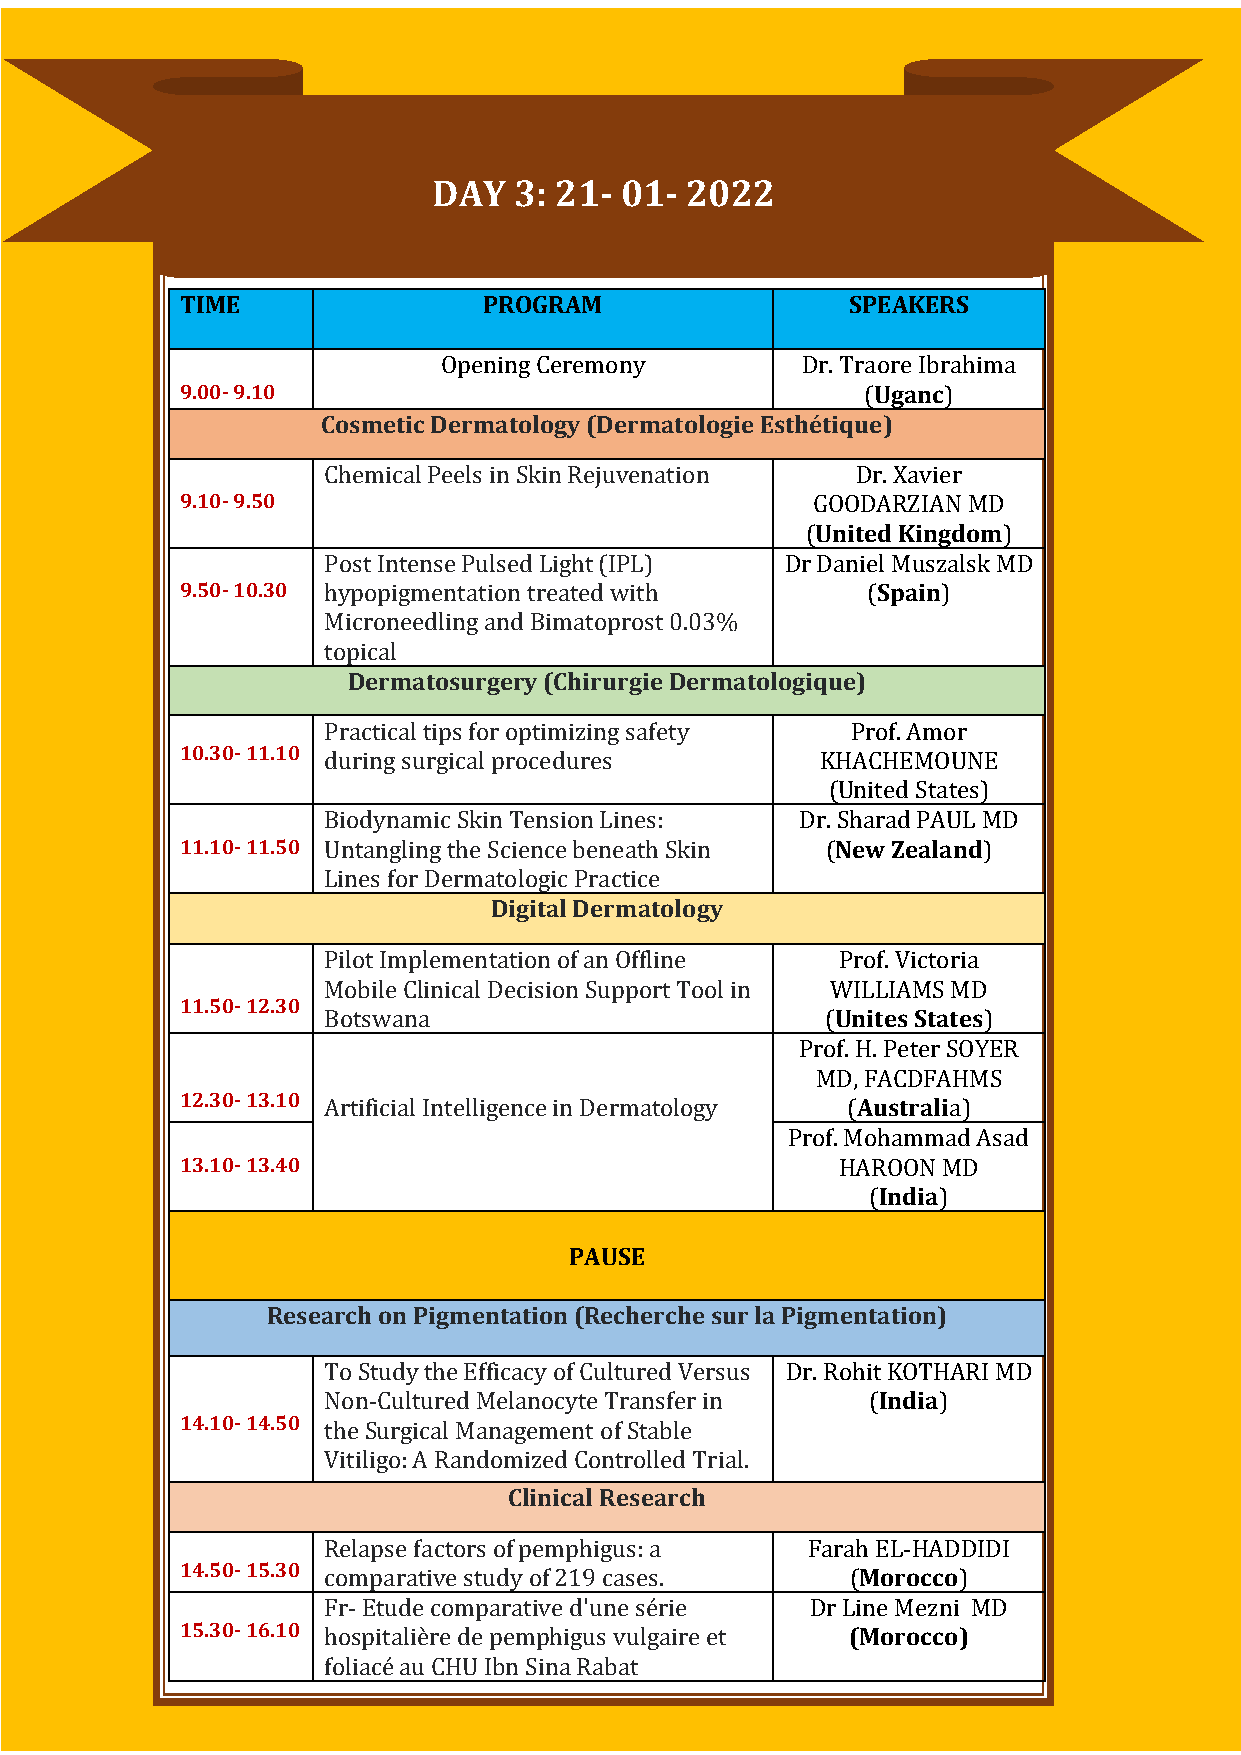
DAY  3: 21- 01- 2022
 TIME                PROGRAM                 SPEAKERS
 Opening Ceremony        Dr. Traore Ibrahima
 9.00- 9.10                                   (Uganc)
 Cosmetic Dermatology (Dermatologie Esthétique)
 Chemical Peels in Skin Rejuvenation Dr. Xavier
 9.10- 9.50                                GOODARZIAN MD
 (United Kingdom)
 Post Intense Pulsed Light (IPL) Dr Daniel Muszalsk MD
 9.50- 10.30 h y p o pigmentation treated with (Spain)
 Microneedling and Bimatoprost 0.03%
 topical
 Dermatosurgery (Chirurgie Dermatologique)
 Practical tips for optimizing safety Prof. Amor
 10.30- 11.10 d u r i n g surgical procedures KHACHEMOUNE
 (United States)
 Biodynamic Skin Tension Lines:  Dr. Sharad PAUL MD
 11.10- 11.50 Untangling the Science beneath Skin (New Zealand)
 Lines for Dermatologic Practice
 Digital Dermatology
 Pilot Implementation of an Offline Prof. Victoria
 Mobile Clinical Decision Support Tool in WILLIAMS MD
 11.50- 12.30
 Botswana                          (Unites States)
 Prof. H. Peter SOYER
 MD, FACDFAHMS
 12.30- 13.10 A r t i f icial Intelligence in Dermatology (Australia)
 Prof. Mohammad Asad
 13.10- 13.40                               HAROON MD
 (India)
 PAUSE
 Research on Pigmentation (Recherche sur la Pigmentation)
 To Study the Efficacy of Cultured Versus Dr. Rohit KOTHARI MD
 Non-Cultured Melanocyte Transfer in  (India)
 14.10- 14.50 t h e S u rgical Management of Stable
 Vitiligo: A Randomized Controlled Trial.
 Clinical Research
 Relapse factors of pemphigus: a Farah EL-HADDIDI
 14.50- 15.30 c o m p arative study of 219 cases. (Morocco)
 Fr- Etude comparative d'une série Dr Line Mezni MD
 15.30- 16.10 h o s p i talière de pemphigus vulgaire et (Morocco)
 foliacé au CHU Ibn Sina Rabat